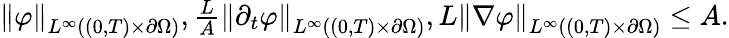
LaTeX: \begin{array}{r}{\left\lVert\varphi\right\rVert_{L^{\infty}((0,T)\times\partial\Omega)},\frac LA\left\lVert\partial_{t}\varphi\right\rVert_{L^{\infty}((0,T)\times\partial\Omega)},L\left\lVert\nabla\varphi\right\rVert_{L^{\infty}((0,T)\times\partial\Omega)}\le A.}\end{array}